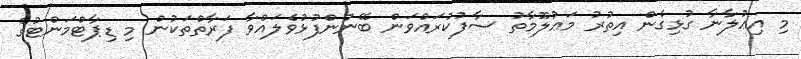
މި އިޢުލާނާ ގުޅިގެން އިތުރު މަޢުލޫމާތު ސާފުކުރައްވަން ބޭނުންފުޅުވެލައްވާ ފަރާތްތަކުން މި ޑިޕާޓްމަންޓުގެ